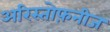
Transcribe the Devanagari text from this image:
अरिस्तोफ़नीज